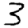
Digit: 3